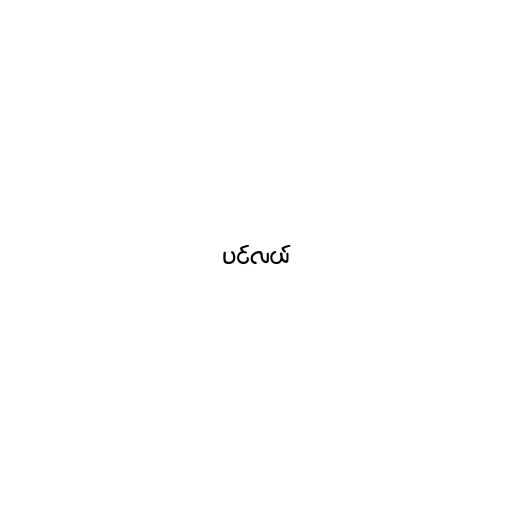
ပင်လယ်